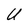
Character: U